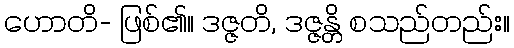
ဟောတိ- ဖြစ်၏။ ဒဇ္ဇတိ, ဒဇ္ဇန္တိ စသည်တည်း။